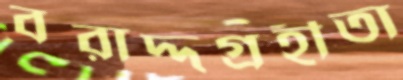
বরাদ্দগ্রহীতা